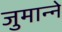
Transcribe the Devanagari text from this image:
जुमान्ने